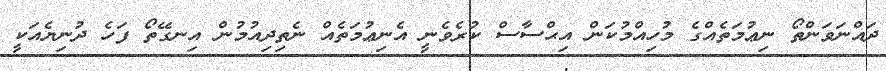
ދައްނަވަންތޯ ނިޢުމަތެއްގެ މުހިއްމުކަން އިޙްސާސް ކުރެވެނީ އެނިޢުމަތެއް ނެތިދިއުމުން އިނގޭތޯ ފަހެ ދުނިޔެއަކީ